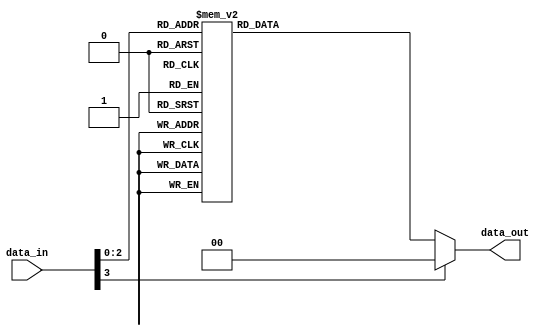
module parallel_case_statement (
    input [3:0] data_in,
    output reg [1:0] data_out
);

always @*
begin
    case (data_in)
        4'b0000, 4'b0001: data_out = 2'b00;
        4'b0010, 4'b0011: data_out = 2'b01;
        4'b0100, 4'b0101: data_out = 2'b10;
        4'b0110, 4'b0111: data_out = 2'b11;
        default: data_out = 2'b00;
    endcase
end

endmodule